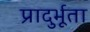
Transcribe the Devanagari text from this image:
प्रादुर्भूता